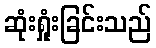
ဆုံးရှုံးခြင်းသည်